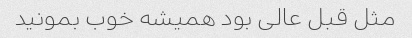
مثل قبل عالی بود همیشه خوب بمونید